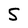
Character: 5